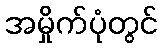
အမှိုက်ပုံတွင်